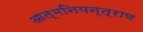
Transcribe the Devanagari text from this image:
आत्मनियन्त्राण